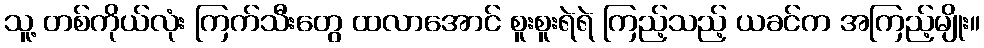
သူ့ တစ်ကိုယ်လုံး ကြက်သီးတွေ ထလာအောင် စူးစူးရဲရဲ ကြည့်သည့် ယခင်က အကြည့်မျိုး။